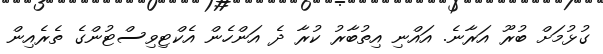
ގުޅުމަށް ބުރޫ އަރާނެ. އައްނި އިތުބާރު ކުރާ ދެ އަންހެން އެކްޓިވިސްޓުންގެ ތެރެއިން